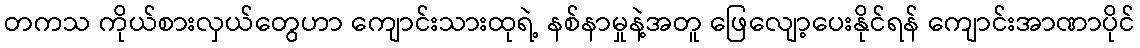
တကသ ကိုယ်စားလှယ်တွေဟာ ကျောင်းသားထုရဲ့ နစ်နာမှုနဲ့အတူ ဖြေလျော့ပေးနိုင်ရန် ကျောင်းအာဏာပိုင်